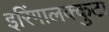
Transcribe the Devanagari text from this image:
इरिंगालक्कुटा